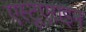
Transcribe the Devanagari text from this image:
एस्टूएराइन